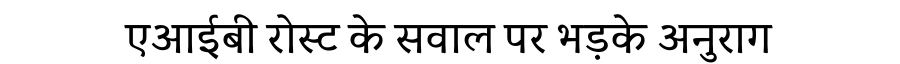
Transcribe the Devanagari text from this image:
एआईबी रोस्ट के सवाल पर भड़के अनुराग